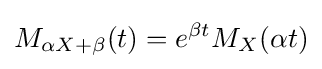
M_{\alpha X+\beta }(t)=e^{\beta t}M_{X}(\alpha t)